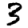
Digit: 3